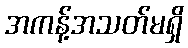
အကန့်အသတ်မရှိ